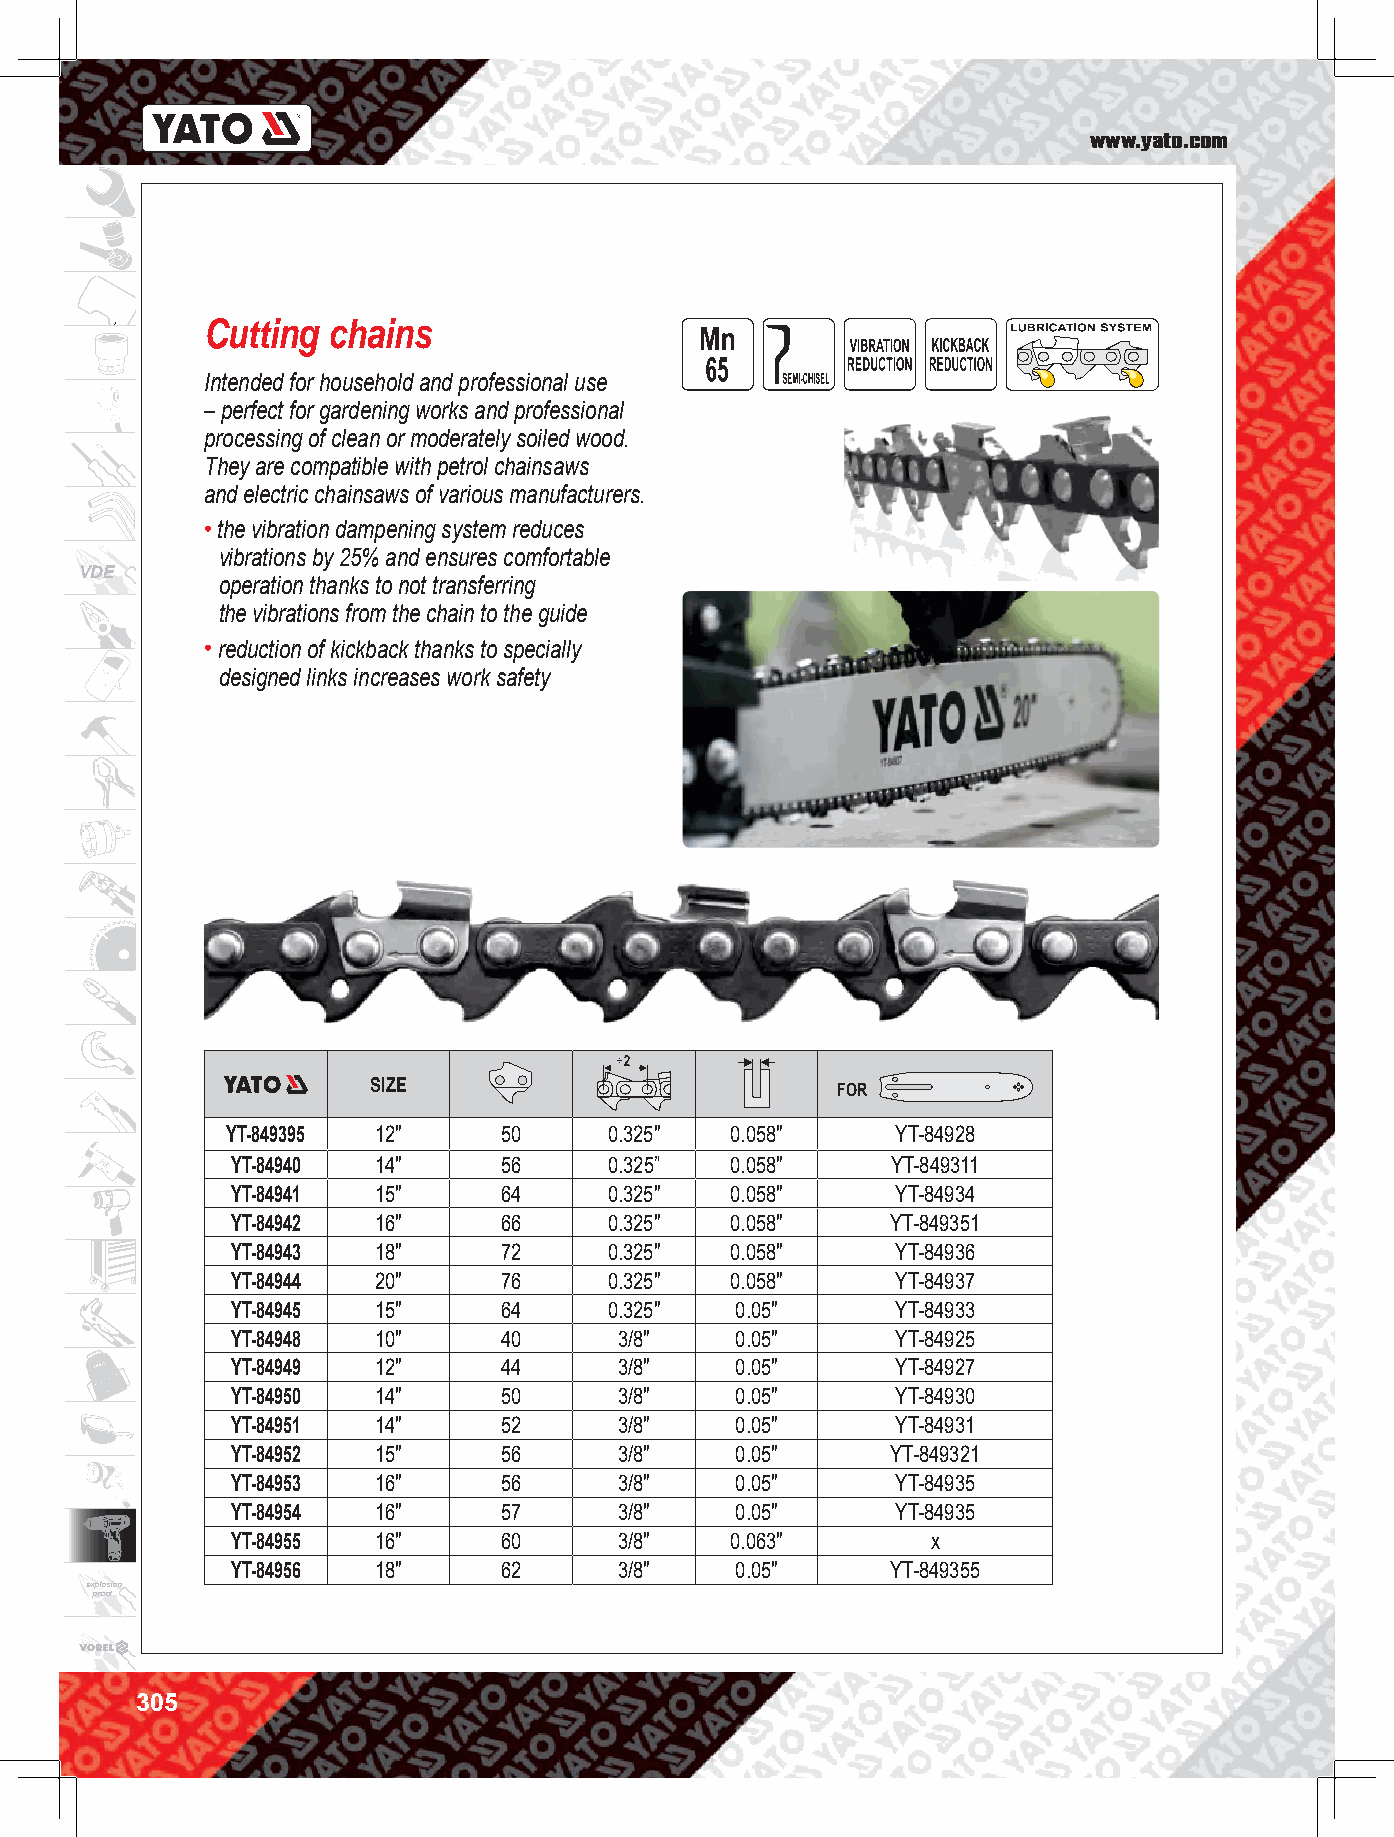
www.yato.com
 Cutting chains
 Intended for household and professional use
 – perfect for gardening works and professional
 processing of clean or moderately soiled wood.
 They are compatible with petrol chainsaws
 and electric chainsaws of various manufacturers.
 • the vibration dampening system reduces
 vibrations by 25% and ensures comfortable
 VDE
 operation thanks to not transferring
 the vibrations from the chain to the guide
 • reduction of kickback thanks to specially
 designed links increases work safety
 SIZE                          FOR
 YT-849395 12"     50     0.325"  0.058"     YT-84928
 YT-84940  14"     56     0.325”  0.058"     YT-849311
 YT-84941  15"     64     0.325"  0.058"     YT-84934
 YT-84942  16"     66     0.325"  0.058"     YT-849351
 YT-84943  18"     72     0.325"  0.058"     YT-84936
 YT-84944  20"     76     0.325"  0.058"     YT-84937
 YT-84945  15"     64     0.325"   0.05"     YT-84933
 YT-84948  10"     40      3/8"    0.05"     YT-84925
 YT-84949  12"     44      3/8"    0.05"     YT-84927
 YT-84950  14"     50      3/8"    0.05"     YT-84930
 YT-84951  14"     52      3/8"    0.05"     YT-84931
 YT-84952  15"     56      3/8"    0.05"     YT-849321
 YT-84953  16"     56      3/8"    0.05"     YT-84935
 YT-84954  16"     57      3/8"    0.05"     YT-84935
 YT-84955  16"     60      3/8"   0.063"        x
 YT-84956  18"     62      3/8"    0.05"     YT-849355
 explosion
 proof
 305